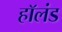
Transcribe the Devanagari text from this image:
हाॅलंड